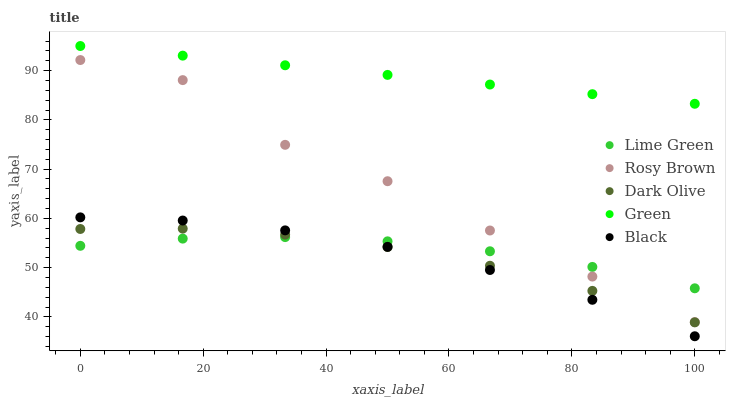
| xaxis_label | Lime Green | Rosy Brown | Dark Olive | Green | Black |
 | --- | --- | --- | --- | --- | --- |
 | 0 | 54.4 | 92.2 | 57.8 | 95 | 60.2 |
 | 16.7 | 55.9 | 88.1 | 57.9 | 93 | 59.6 |
 | 33.3 | 56.2 | 74.9 | 56.7 | 91.1 | 57.6 |
 | 50 | 55.3 | 67.5 | 54.2 | 89.1 | 54.2 |
 | 66.7 | 53.3 | 57.5 | 50.4 | 87.2 | 49.5 |
 | 83.3 | 50.1 | 48.2 | 45.3 | 85.2 | 43.5 |
 | 100 | 45.8 | 38.9 | 38.9 | 83.3 | 36.1 |